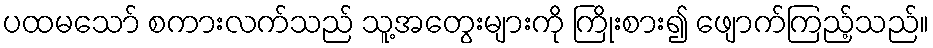
ပထမသော် စကားလက်သည် သူ့အတွေးများကို ကြိုးစား၍ ဖျောက်ကြည့်သည်။